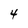
Character: 4